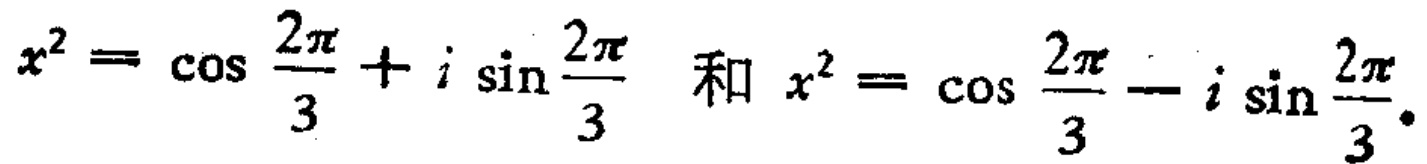
\(x^{2}=\cos\frac{2\pi}{3}+i\sin\frac{2\pi}{3}\) 和 \(x^{2}=\cos\frac{2\pi}{3}-i\sin\frac{2\pi}{3}\)